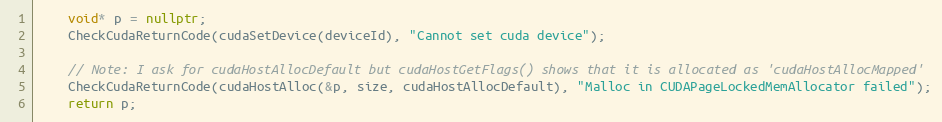
Language: C++
    void* p = nullptr;
    CheckCudaReturnCode(cudaSetDevice(deviceId), "Cannot set cuda device");

    // Note: I ask for cudaHostAllocDefault but cudaHostGetFlags() shows that it is allocated as 'cudaHostAllocMapped'
    CheckCudaReturnCode(cudaHostAlloc(&p, size, cudaHostAllocDefault), "Malloc in CUDAPageLockedMemAllocator failed");
    return p;